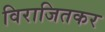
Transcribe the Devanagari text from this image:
विराजितकर